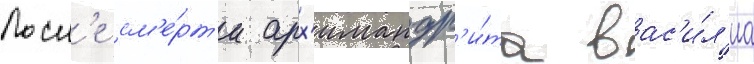
Посл'е см'е́рт'и арх'имандр'и́та вас'и́л'иа